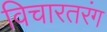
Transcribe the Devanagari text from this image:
विचारतरंग